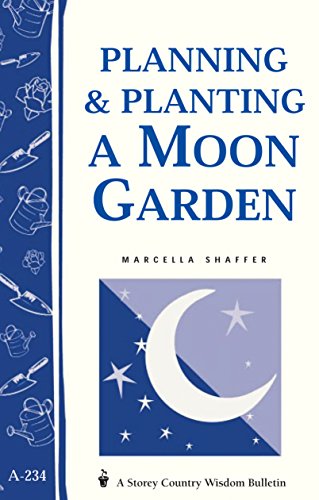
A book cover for Planning & Planting a Moon Garden: Storey's Country Wisdom Bulletin A-234 (Storey Country Wisdom Bulletin); Marcella Shaffer; Crafts, Hobbies & Home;